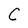
Character: C